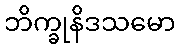
ဘိက္ခုနိဒသမော